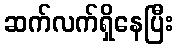
ဆက်လက်ရှိနေပြီး